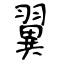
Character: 翼